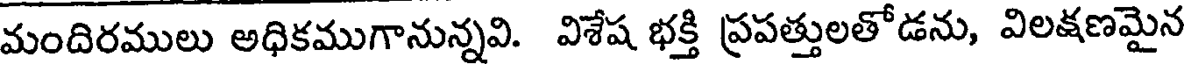
మందిరములు అధికముగానున్నవి. విశేష భక్తి ప్రపత్తులతోడను, విలక్షణమైన